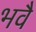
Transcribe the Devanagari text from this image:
भवै